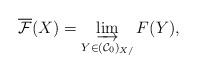
LaTeX: \begin{align*}\overline{\mathcal F}(X) = \varinjlim_{Y \in (\mathcal C_0)_{X/}} F(Y),\end{align*}